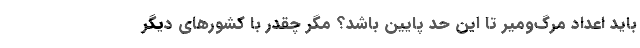
باید اعداد مرگ‌ومیر تا این حد پایین باشد؟ مگر چقدر با کشورهای دیگر